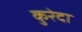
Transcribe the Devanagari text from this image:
कुरेदा